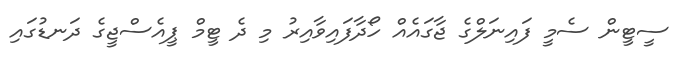
ސީޓީން ސެމީ ފައިނަލްގެ ޖާގައެއް ހޯދާފައިވާއިރު މި ދެ ޓީމް ޕީއެސްޖީގެ ދަނޑުގައި